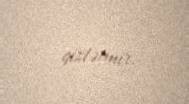
gizlətmir.